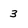
Character: 3